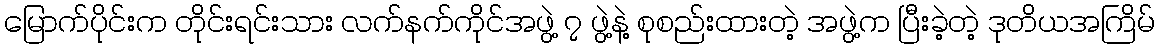
မြောက်ပိုင်းက တိုင်းရင်းသား လက်နက်ကိုင်အဖွဲ့ ၇ ဖွဲ့နဲ့ စုစည်းထားတဲ့ အဖွဲ့က ပြီးခဲ့တဲ့ ဒုတိယအကြိမ်